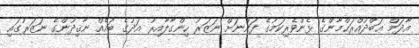
އާދަމް ޢަބްދުއްރަޙްމާންގެ ޅެންވެރިކަމުގެ ފަންނަށް ނަޒަރު ހިންގާލާއިރު އަދުގެ ބައެއް ނާޤިދުންގެ ނަޒަރުގައި